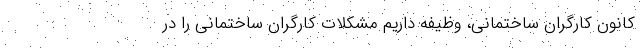
کانون کارگران ساختمانی، وظیفه داریم مشکلات کارگران ساختمانی را در